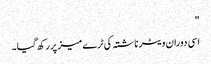
"
اسی دوران ویٹر ناشتہ کی ٹرے میز پر رکھ گیا۔